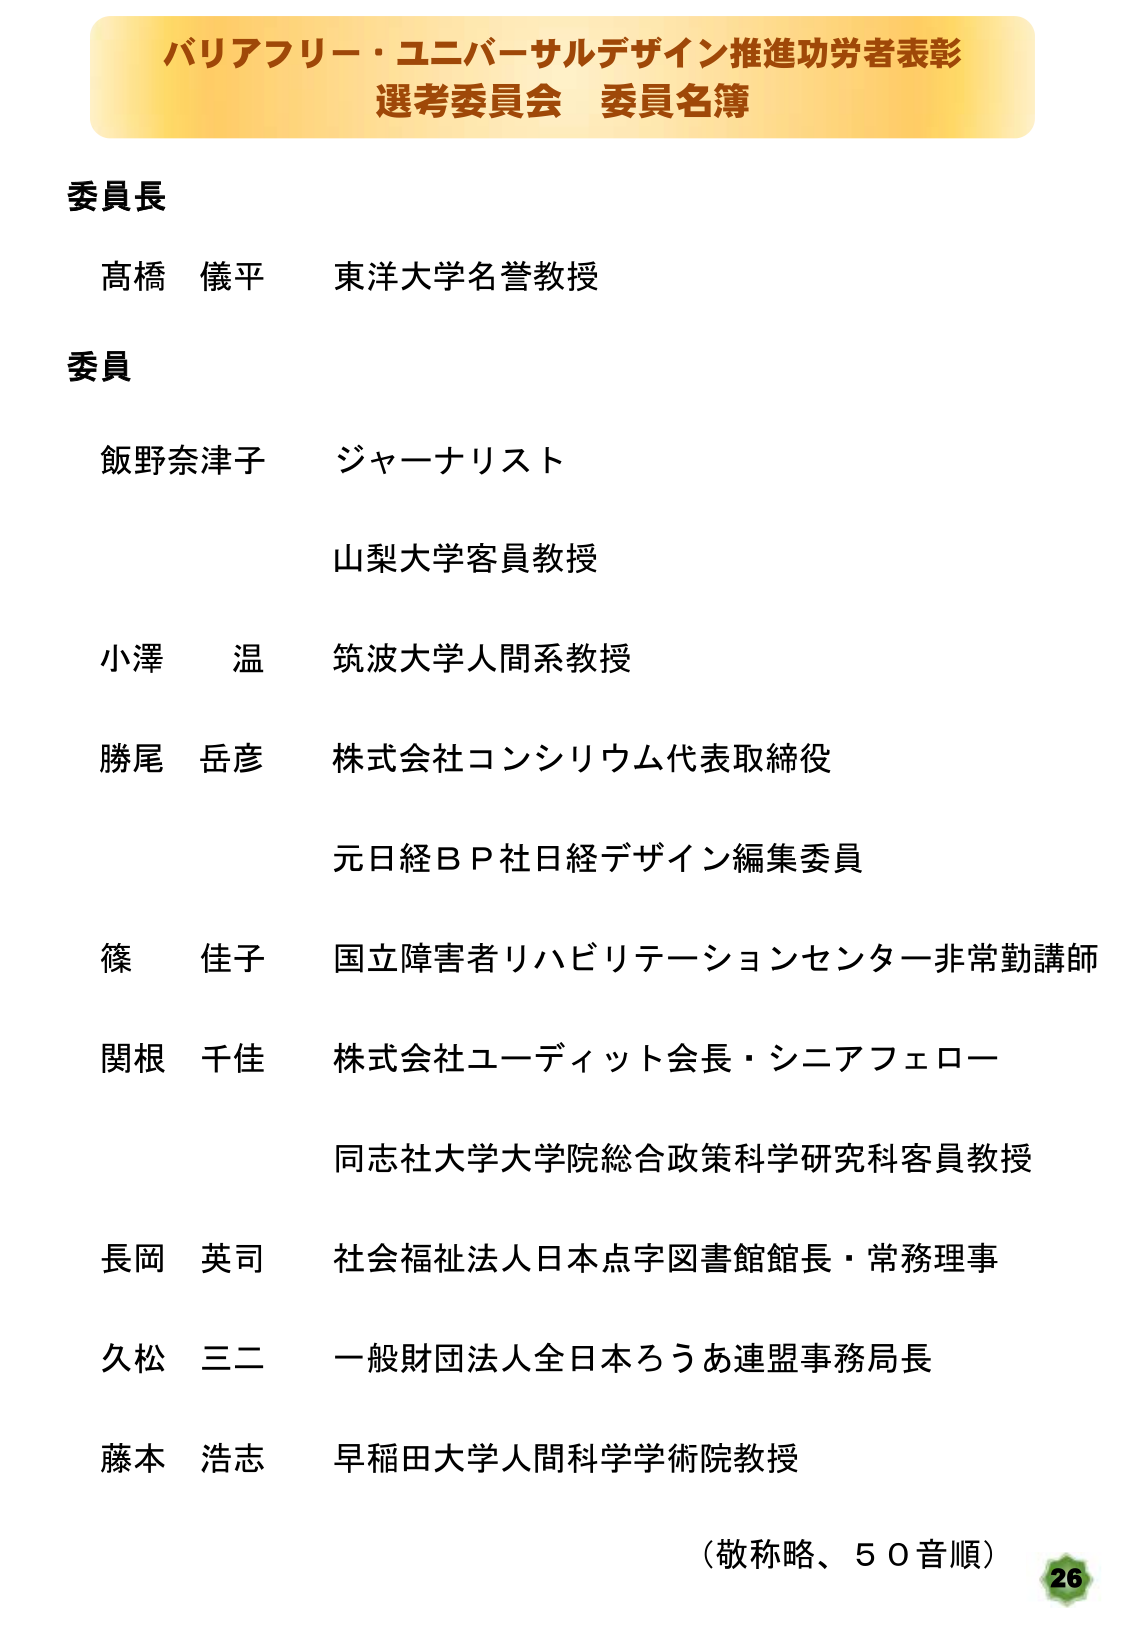
バリアフリー・ユニバーサルデザイン推進功労者表彰
選考委員会 委員名簿

委員長
高橋 儀平 東洋大学名誉教授

委員
飯野奈津子 ジャーナリスト
山梨大学客員教授
小澤 温 筑波大学人間系教授
勝尾 岳彦 株式会社コンシリウム代表取締役
元日経ＢＰ社日経デザイン編集委員
篠 佳子 国立障害者リハビリテーションセンター非常勤講師
関根 千佳 株式会社ユーディット会長・シニアフェロー
同志社大学大学院総合政策科学研究科客員教授
長岡 英司 社会福祉法人日本点字図書館館長・常務理事
久松 三二 一般財団法人全日本ろうあ連盟事務局長
藤本 浩志 早稲田大学人間科学学術院教授

（敬称略、５０音順）
26